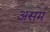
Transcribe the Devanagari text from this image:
असम़